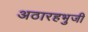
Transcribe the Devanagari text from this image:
अठारहभुजी